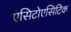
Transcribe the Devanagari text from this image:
एसिटोएसिटिक